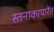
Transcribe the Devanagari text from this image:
स्तनाकापारेंत